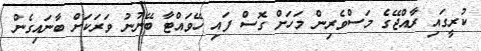
ކުރީގައި ރާއްޖޭގެ މަސްވެރިން މަހަށް ގޮސް ފަައި ހޭވައްޓާ ބޭނުނު ވަރަކަށް ބާނައިގެން